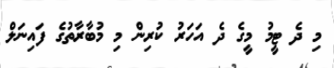
މި ދެ ޓީމު މީގެ ދެ އަހަރު ކުރިން މި މުބާރާތުގެ ފައިނަލް